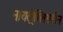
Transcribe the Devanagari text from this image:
नायट्रोग्लिसरीन